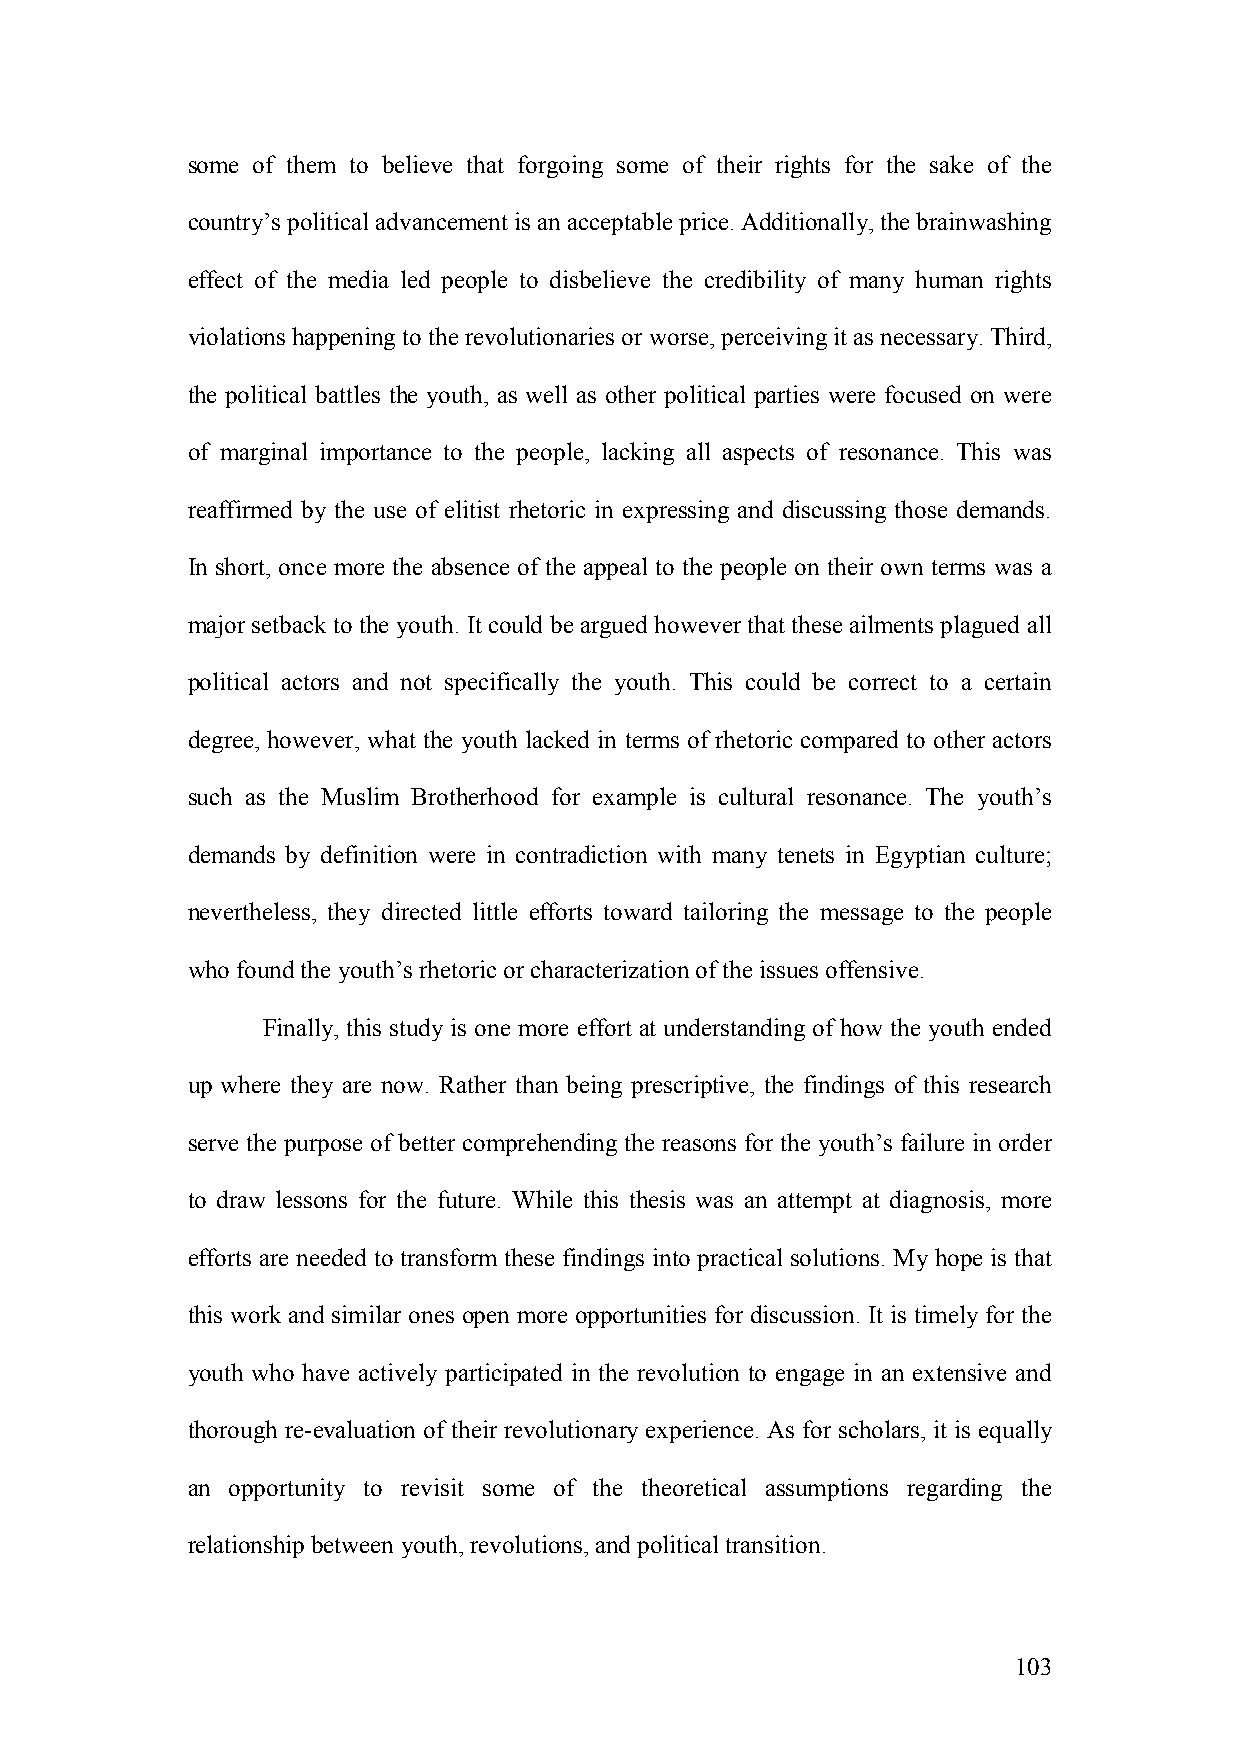
some of them to believe that forgoing some of their rights for the sake of the
 country’s political advancement is an acceptable price. Additionally, the brainwashing
 effect of the media led people to disbelieve the credibility of many human rights
 violations happening to the revolutionaries or worse, perceiving it as necessary. Third,
 the political battles the youth, as well as other political parties were focused on were
 of marginal importance to the people, lacking all aspects of resonance. This was
 reaffirmed by the use of elitist rhetoric in expressing and discussing those demands.
 In short, once more the absence of the appeal to the people on their own terms was a
 major setback to the youth. It could be argued however that these ailments plagued all
 political actors and not specifically the youth. This could be correct to a certain
 degree, however, what the youth lacked in terms of rhetoric compared to other actors
 such as the Muslim Brotherhood for example is cultural resonance. The youth’s
 demands by definition were in contradiction with many tenets in Egyptian culture;
 nevertheless, they directed little efforts toward tailoring the message to the people
 who found the youth’s rhetoric or characterization of the issues offensive.
 Finally, this study is one more effort at understanding of how the youth ended
 up where they are now. Rather than being prescriptive, the findings of this research
 serve the purpose of better comprehending the reasons for the youth’s failure in order
 to draw lessons for the future. While this thesis was an attempt at diagnosis, more
 efforts are needed to transform these findings into practical solutions. My hope is that
 this work and similar ones open more opportunities for discussion. It is timely for the
 youth who have actively participated in the revolution to engage in an extensive and
 thorough re-evaluation of their revolutionary experience. As for scholars, it is equally
 an opportunity to revisit some of the theoretical assumptions regarding the
 relationship between youth, revolutions, and political transition.
 103